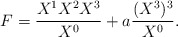
\begin{align*}F={{X^1X^2X^3}\over{X^0}}+a{{(X^3)^3}\over{X^0}}.\end{align*}